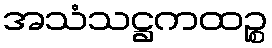
အသံသဋ္ဌကထဉ္စ